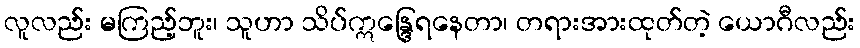
လူလည်း မကြည့်ဘူး၊ သူဟာ သိပ်ဣန္ဒြေရနေတာ၊ တရားအားထုတ်တဲ့ ယောဂီလည်း